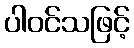
ပါဝင်သဖြင့်